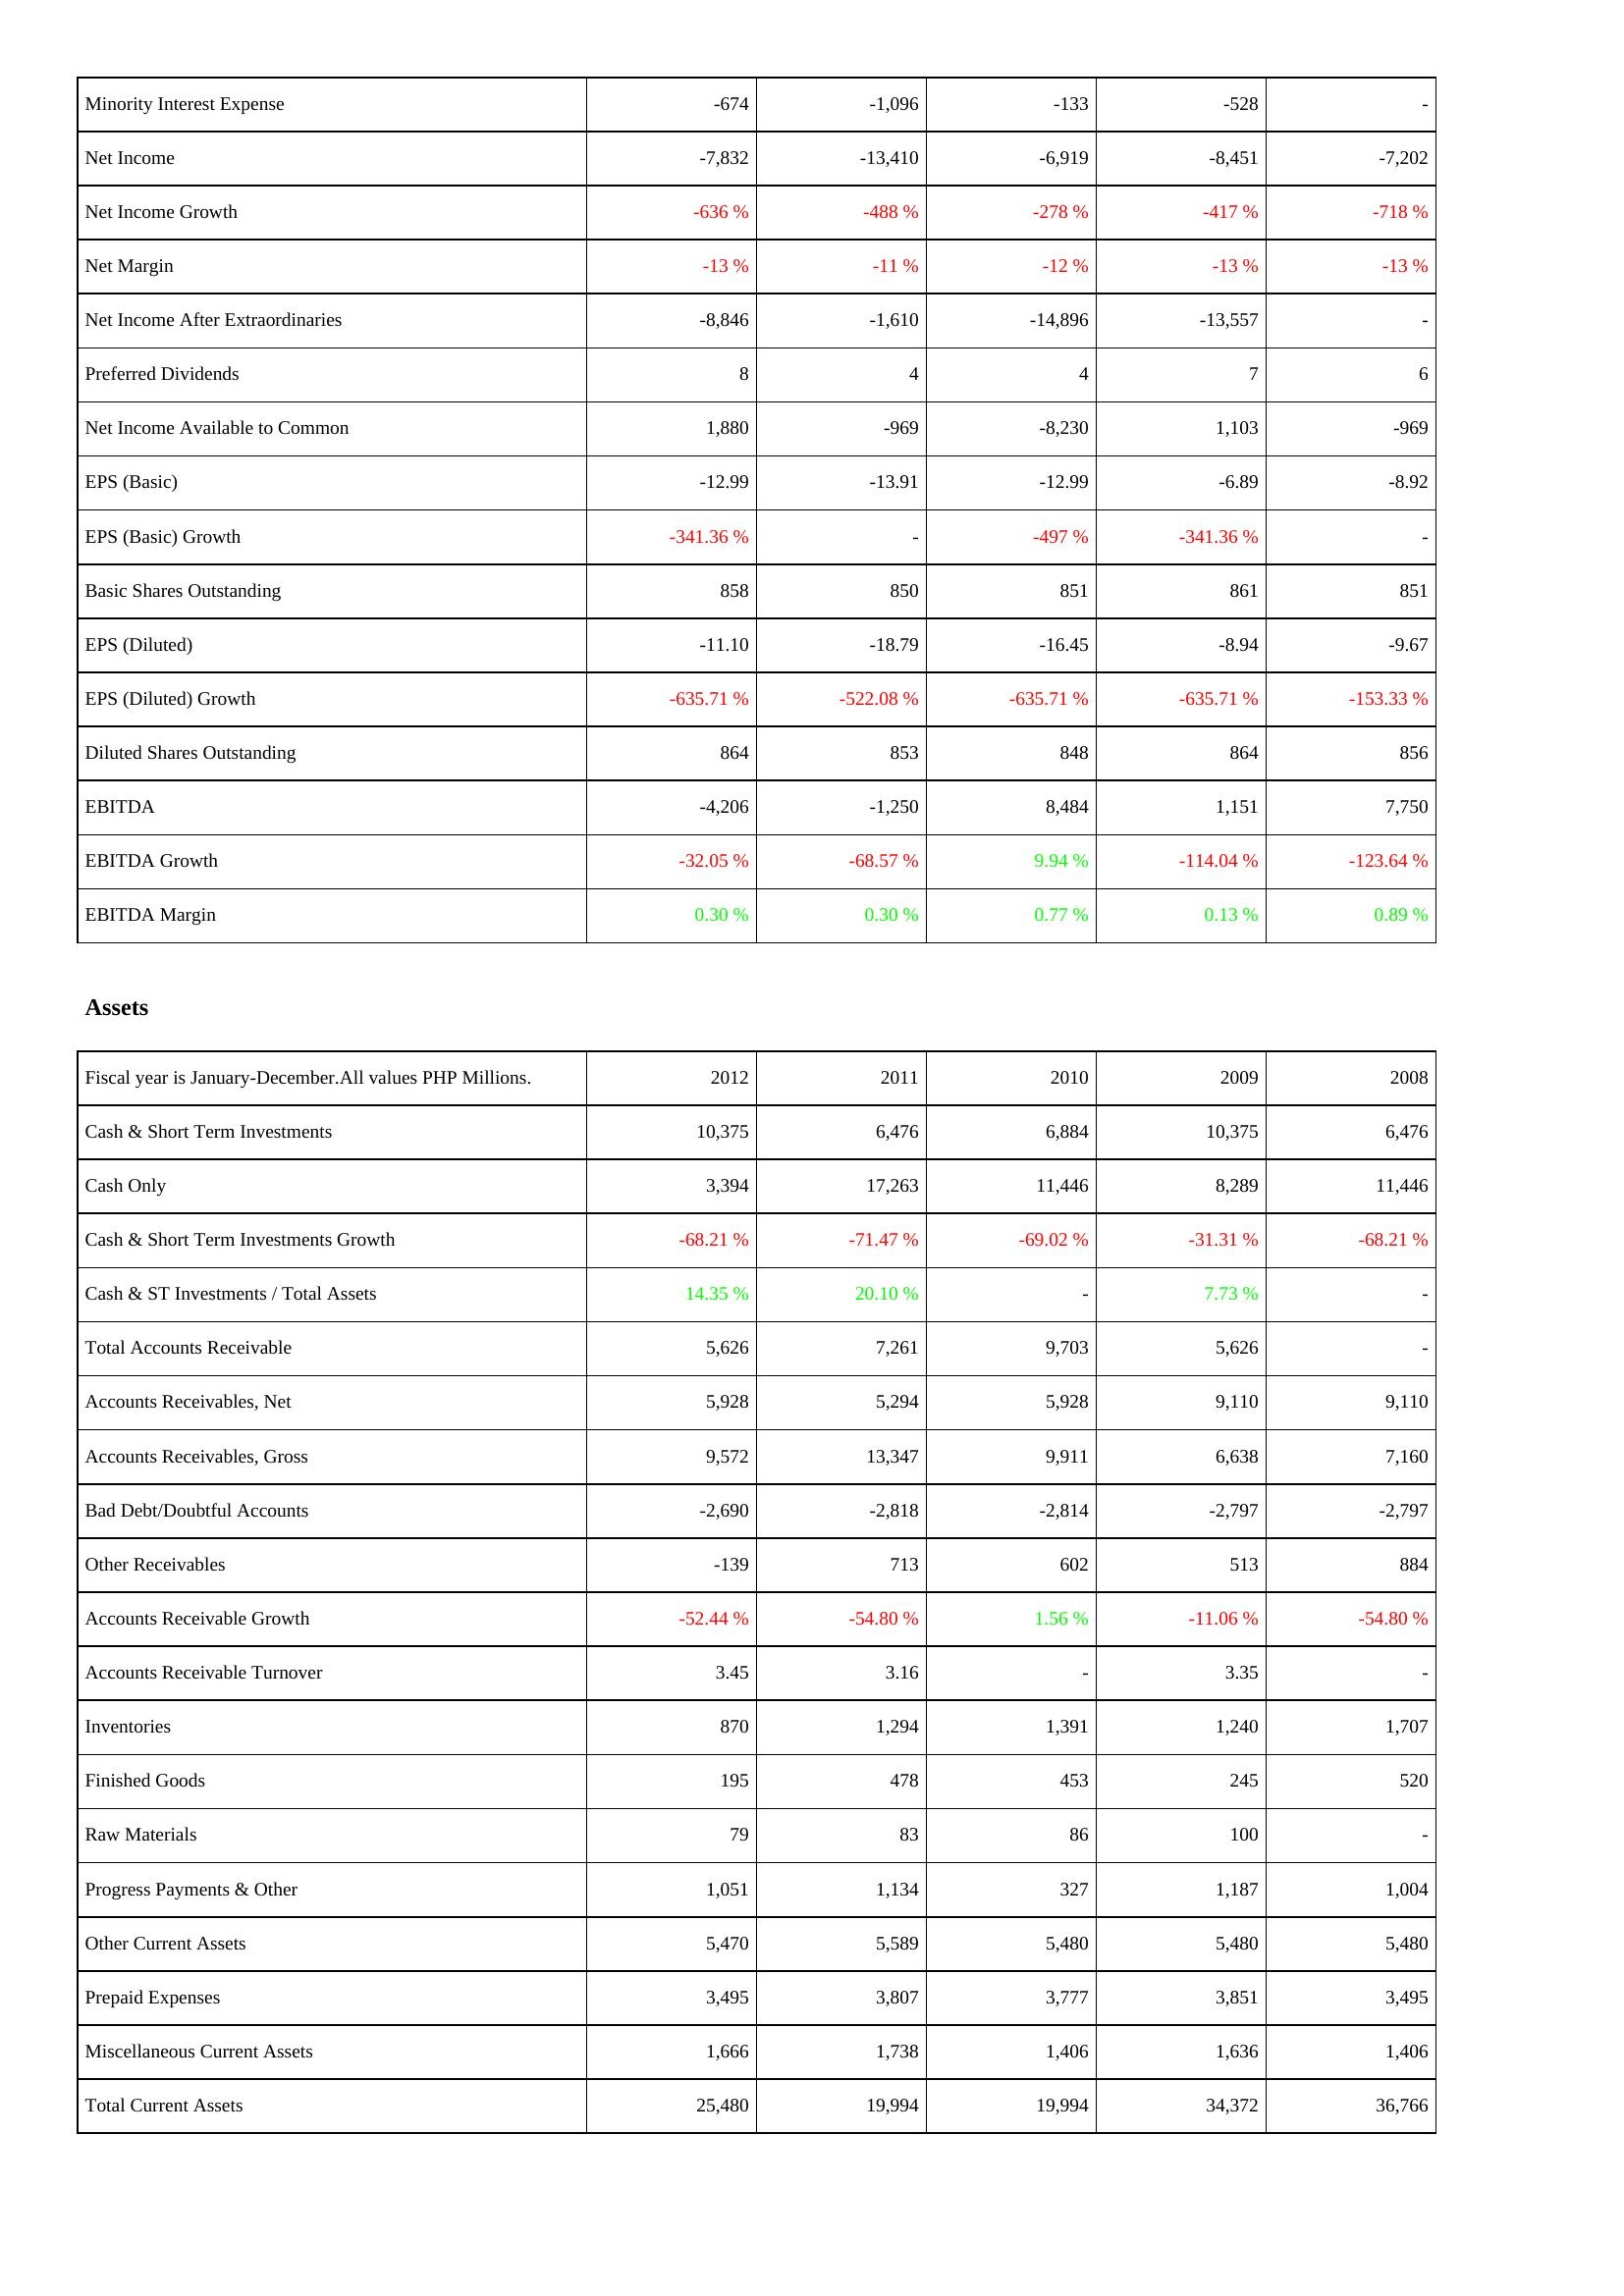
2012: Income Statement: Minority Interest Expense: -674
Net Income: -7,832
Net Income Growth: -636 %
Net Margin: -13 %
Net Income After Extraordinaries: -8,846
Preferred Dividends: 8
Net Income Available to Common: 1,880
EPS (Basic): -12.99
EPS (Basic) Growth: -341.36 %
Basic Shares Outstanding: 858
EPS (Diluted): -11.10
EPS (Diluted) Growth: -635.71 %
Diluted Shares Outstanding: 864
EBITDA: -4,206
EBITDA Growth: -32.05 %
EBITDA Margin: 0.30 %
Assets: Cash & Short Term Investments: 10,375
Cash Only: 3,394
Cash & Short Term Investments Growth: -68.21 %
Cash & ST Investments / Total Assets: 14.35 %
Total Accounts Receivable: 5,626
Accounts Receivables, Net: 5,928
Accounts Receivables, Gross: 9,572
Bad Debt/Doubtful Accounts: -2,690
Other Receivables: -139
Accounts Receivable Growth: -52.44 %
Accounts Receivable Turnover: 3.45
Inventories: 870
Finished Goods: 195
Raw Materials: 79
Progress Payments & Other: 1,051
Other Current Assets: 5,470
Prepaid Expenses: 3,495
Miscellaneous Current Assets: 1,666
Total Current Assets: 25,480
2011: Income Statement: Minority Interest Expense: -1,096
Net Income: -13,410
Net Income Growth: -488 %
Net Margin: -11 %
Net Income After Extraordinaries: -1,610
Preferred Dividends: 4
Net Income Available to Common: -969
EPS (Basic): -13.91
EPS (Basic) Growth: -
Basic Shares Outstanding: 850
EPS (Diluted): -18.79
EPS (Diluted) Growth: -522.08 %
Diluted Shares Outstanding: 853
EBITDA: -1,250
EBITDA Growth: -68.57 %
EBITDA Margin: 0.30 %
Assets: Cash & Short Term Investments: 6,476
Cash Only: 17,263
Cash & Short Term Investments Growth: -71.47 %
Cash & ST Investments / Total Assets: 20.10 %
Total Accounts Receivable: 7,261
Accounts Receivables, Net: 5,294
Accounts Receivables, Gross: 13,347
Bad Debt/Doubtful Accounts: -2,818
Other Receivables: 713
Accounts Receivable Growth: -54.80 %
Accounts Receivable Turnover: 3.16
Inventories: 1,294
Finished Goods: 478
Raw Materials: 83
Progress Payments & Other: 1,134
Other Current Assets: 5,589
Prepaid Expenses: 3,807
Miscellaneous Current Assets: 1,738
Total Current Assets: 19,994
2010: Income Statement: Minority Interest Expense: -133
Net Income: -6,919
Net Income Growth: -278 %
Net Margin: -12 %
Net Income After Extraordinaries: -14,896
Preferred Dividends: 4
Net Income Available to Common: -8,230
EPS (Basic): -12.99
EPS (Basic) Growth: -497 %
Basic Shares Outstanding: 851
EPS (Diluted): -16.45
EPS (Diluted) Growth: -635.71 %
Diluted Shares Outstanding: 848
EBITDA: 8,484
EBITDA Growth: 9.94 %
EBITDA Margin: 0.77 %
Assets: Cash & Short Term Investments: 6,884
Cash Only: 11,446
Cash & Short Term Investments Growth: -69.02 %
Cash & ST Investments / Total Assets: -
Total Accounts Receivable: 9,703
Accounts Receivables, Net: 5,928
Accounts Receivables, Gross: 9,911
Bad Debt/Doubtful Accounts: -2,814
Other Receivables: 602
Accounts Receivable Growth: 1.56 %
Accounts Receivable Turnover: -
Inventories: 1,391
Finished Goods: 453
Raw Materials: 86
Progress Payments & Other: 327
Other Current Assets: 5,480
Prepaid Expenses: 3,777
Miscellaneous Current Assets: 1,406
Total Current Assets: 19,994
2009: Income Statement: Minority Interest Expense: -528
Net Income: -8,451
Net Income Growth: -417 %
Net Margin: -13 %
Net Income After Extraordinaries: -13,557
Preferred Dividends: 7
Net Income Available to Common: 1,103
EPS (Basic): -6.89
EPS (Basic) Growth: -341.36 %
Basic Shares Outstanding: 861
EPS (Diluted): -8.94
EPS (Diluted) Growth: -635.71 %
Diluted Shares Outstanding: 864
EBITDA: 1,151
EBITDA Growth: -114.04 %
EBITDA Margin: 0.13 %
Assets: Cash & Short Term Investments: 10,375
Cash Only: 8,289
Cash & Short Term Investments Growth: -31.31 %
Cash & ST Investments / Total Assets: 7.73 %
Total Accounts Receivable: 5,626
Accounts Receivables, Net: 9,110
Accounts Receivables, Gross: 6,638
Bad Debt/Doubtful Accounts: -2,797
Other Receivables: 513
Accounts Receivable Growth: -11.06 %
Accounts Receivable Turnover: 3.35
Inventories: 1,240
Finished Goods: 245
Raw Materials: 100
Progress Payments & Other: 1,187
Other Current Assets: 5,480
Prepaid Expenses: 3,851
Miscellaneous Current Assets: 1,636
Total Current Assets: 34,372
2008: Income Statement: Minority Interest Expense: -
Net Income: -7,202
Net Income Growth: -718 %
Net Margin: -13 %
Net Income After Extraordinaries: -
Preferred Dividends: 6
Net Income Available to Common: -969
EPS (Basic): -8.92
EPS (Basic) Growth: -
Basic Shares Outstanding: 851
EPS (Diluted): -9.67
EPS (Diluted) Growth: -153.33 %
Diluted Shares Outstanding: 856
EBITDA: 7,750
EBITDA Growth: -123.64 %
EBITDA Margin: 0.89 %
Assets: Cash & Short Term Investments: 6,476
Cash Only: 11,446
Cash & Short Term Investments Growth: -68.21 %
Cash & ST Investments / Total Assets: -
Total Accounts Receivable: -
Accounts Receivables, Net: 9,110
Accounts Receivables, Gross: 7,160
Bad Debt/Doubtful Accounts: -2,797
Other Receivables: 884
Accounts Receivable Growth: -54.80 %
Accounts Receivable Turnover: -
Inventories: 1,707
Finished Goods: 520
Raw Materials: -
Progress Payments & Other: 1,004
Other Current Assets: 5,480
Prepaid Expenses: 3,495
Miscellaneous Current Assets: 1,406
Total Current Assets: 36,766